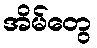
အိမ်တွေ